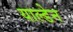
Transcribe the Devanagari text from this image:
याल्डेन